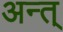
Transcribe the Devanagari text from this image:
अन्त्